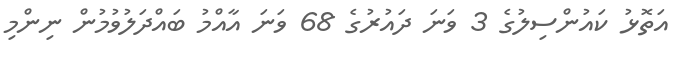
އަތޮޅު ކައުންސިލުގެ 3 ވަނަ ދައުރުގެ 68 ވަނަ އާއްމު ބައްދަލުވުމުން ނިންމި